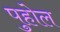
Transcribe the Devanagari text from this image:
पुहोल